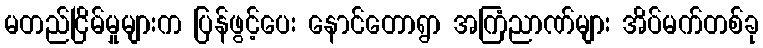
မတည်ငြိမ်မှုများက ပြန်ဖွင့်ပေး နောင်တောရွာ အကြံညာဏ်များ အိပ်မက်တစ်ခု